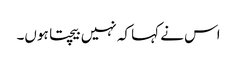
اس نے کہا کہ نہیں بیچتا ہوں۔